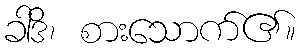
ခါဒိ၊ စားသောက်၏။